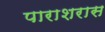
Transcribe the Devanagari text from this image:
पाराशरास